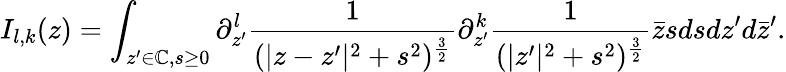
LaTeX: I_{l,k}(z)=\int_{z^{\prime}\in\mathbb{C},s\geq 0}\partial_{z^{\prime}}^{l}\frac{1}{(|z-z^{\prime}|^{2}+s^{2})^{\frac{3}{2}}}\partial_{z^{\prime}}^{k}\frac{1}{(|z^{\prime}|^{2}+s^{2})^{\frac{3}{2}}}\bar{z}sdsdz^{\prime}d\bar{z}^{\prime}.